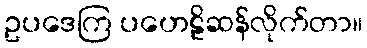
ဥပဒေကြ ပဟေဠိဆန်လိုက်တာ။